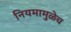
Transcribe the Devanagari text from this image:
नियमामुळेच